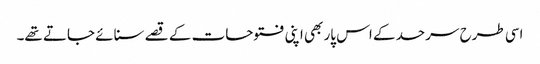
اسی طرح سرحد کے اس پار بھی اپنی فتوحات کے قصے سنائے جاتے تھے۔